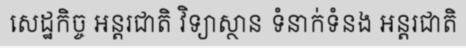
សេដ្ឋកិច្ច អន្តរជាតិ វិទ្យាស្ថាន ទំនាក់ទំនង អន្តរជាតិ